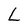
Character: L